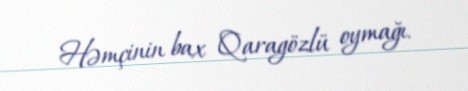
Həmçinin bax Qaragözlü oymağı.